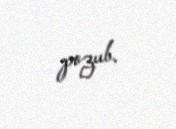
pozub.